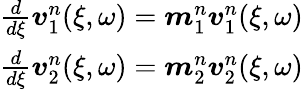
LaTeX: \begin{array}{r}{\frac{d}{d\xi}\boldsymbol{v}_{1}^{n}(\xi,\omega)=\boldsymbol{m}_{1}^{n}\boldsymbol{v}_{1}^{n}(\xi,\omega)}\\ {\frac{d}{d\xi}\boldsymbol{v}_{2}^{n}(\xi,\omega)=\boldsymbol{m}_{2}^{n}\boldsymbol{v}_{2}^{n}(\xi,\omega)}\end{array}